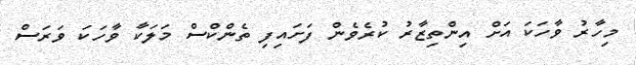
މިހާރު ވާހަކަ އަށް އިންތިޒާރު ކުރެވެން ފަށައިފި ތެންކްސް މަލަކާ ވާހަކަ ވަރަސް